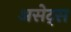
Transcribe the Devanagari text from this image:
असेट्स